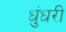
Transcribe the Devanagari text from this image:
धुंधरी